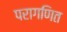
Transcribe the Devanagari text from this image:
परागणित